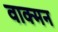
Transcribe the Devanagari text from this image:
वाक्मन